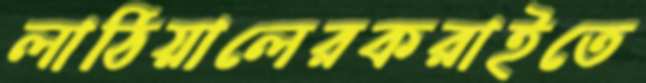
লাঠিয়ালেরকরাইতে